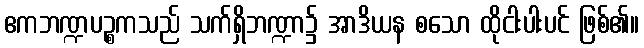
ဧကဘဏ္ဍပဉ္စကသည် သက်ရှိဘဏ္ဍာ၌ အာဒိယန စသော ထိုငါးပါးပင် ဖြစ်၏။